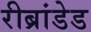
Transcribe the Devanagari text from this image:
रीब्रांडेड